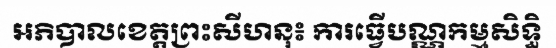
អភិបាលខេត្តព្រះសីហនុ៖ ការធ្វើបណ្ណកម្មសិទ្ធិ